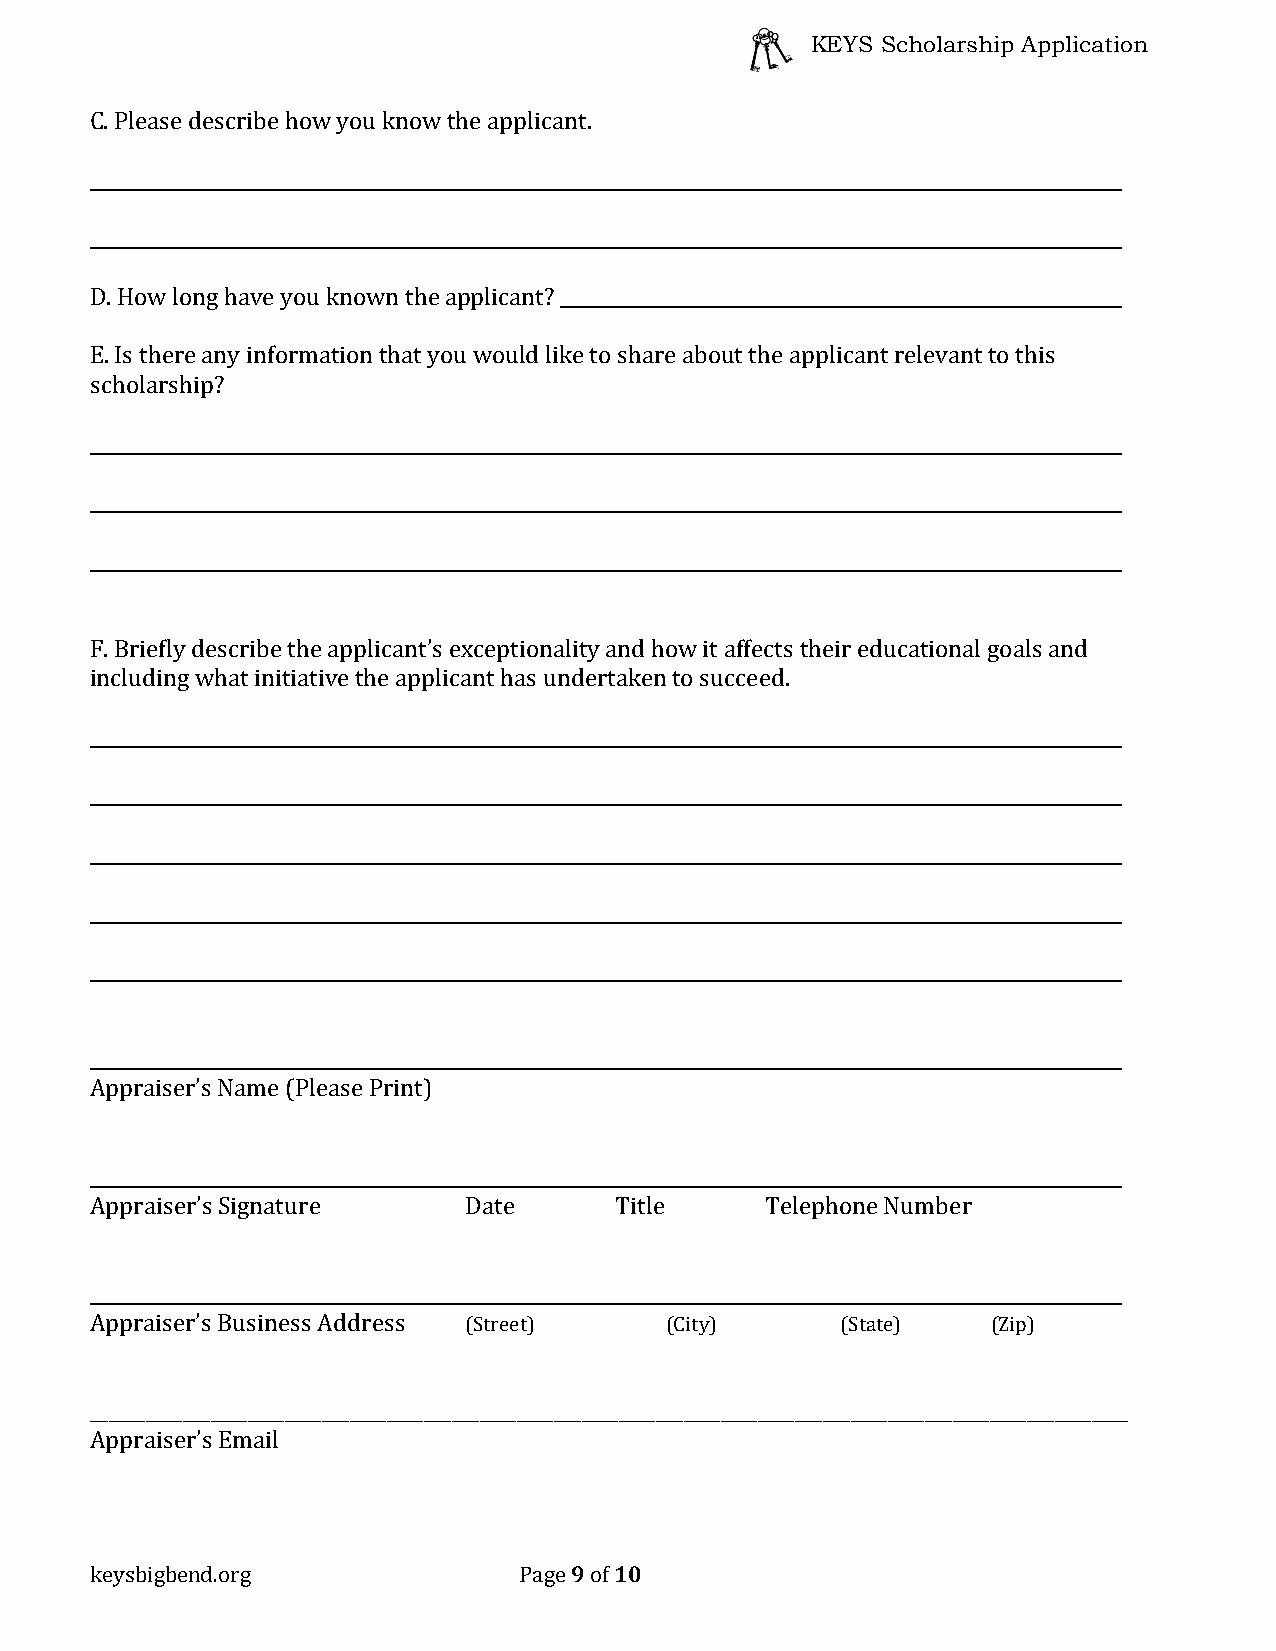
KEYS Scholarship Application
 C. Please describe how you know the applicant.
 D. How long have you known the applicant?
 E. Is there any information that you would like to share about the applicant relevant to this
 scholarship?
 F. Briefly describe the applicant’s exceptionality and how it affects their educational goals and
 including what initiative the applicant has undertaken to succeed.
 Appraiser’s Name (Please Print)
 Appraiser’s Signature    Date      Title     Telephone Number
 Appraiser’s Business Address (Street) (City)      (State)   (Zip)
 ________________________________________________________________________________________________________________
 Appraiser’s Email
 9  10
 keysbigbend.org             Page of